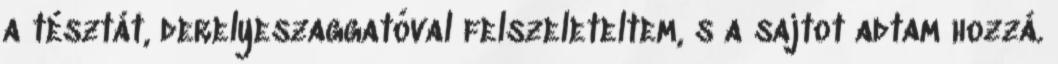
a tésztát, derelyeszaggatóval felszeleteltem, s a sajtot adtam hozzá.